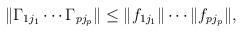
LaTeX: \begin{align*}\|\Gamma_{1j_1} \cdots \Gamma_{pj_p}\|\le \|f_{1j_1}\| \cdots \|f_{pj_p}\| ,\end{align*}